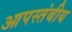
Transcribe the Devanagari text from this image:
आपस्तंबीय